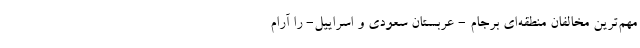
مهم‌ترین مخالفان منطقه‌ای برجام - عربستان سعودی و اسراییل- را آرام